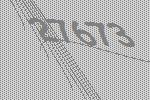
27673